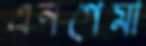
এনগেমা